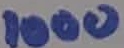
Text: 1000